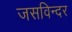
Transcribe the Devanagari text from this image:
जसविन्दर